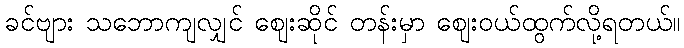
ခင်ဗျား သဘောကျလျှင် ဈေးဆိုင် တန်းမှာ ဈေးဝယ်ထွက်လို့ရတယ်။